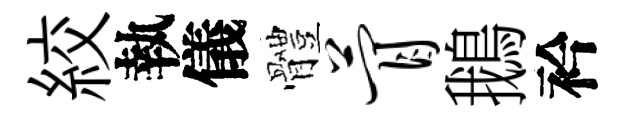
絞執儀體瞢鵝衿